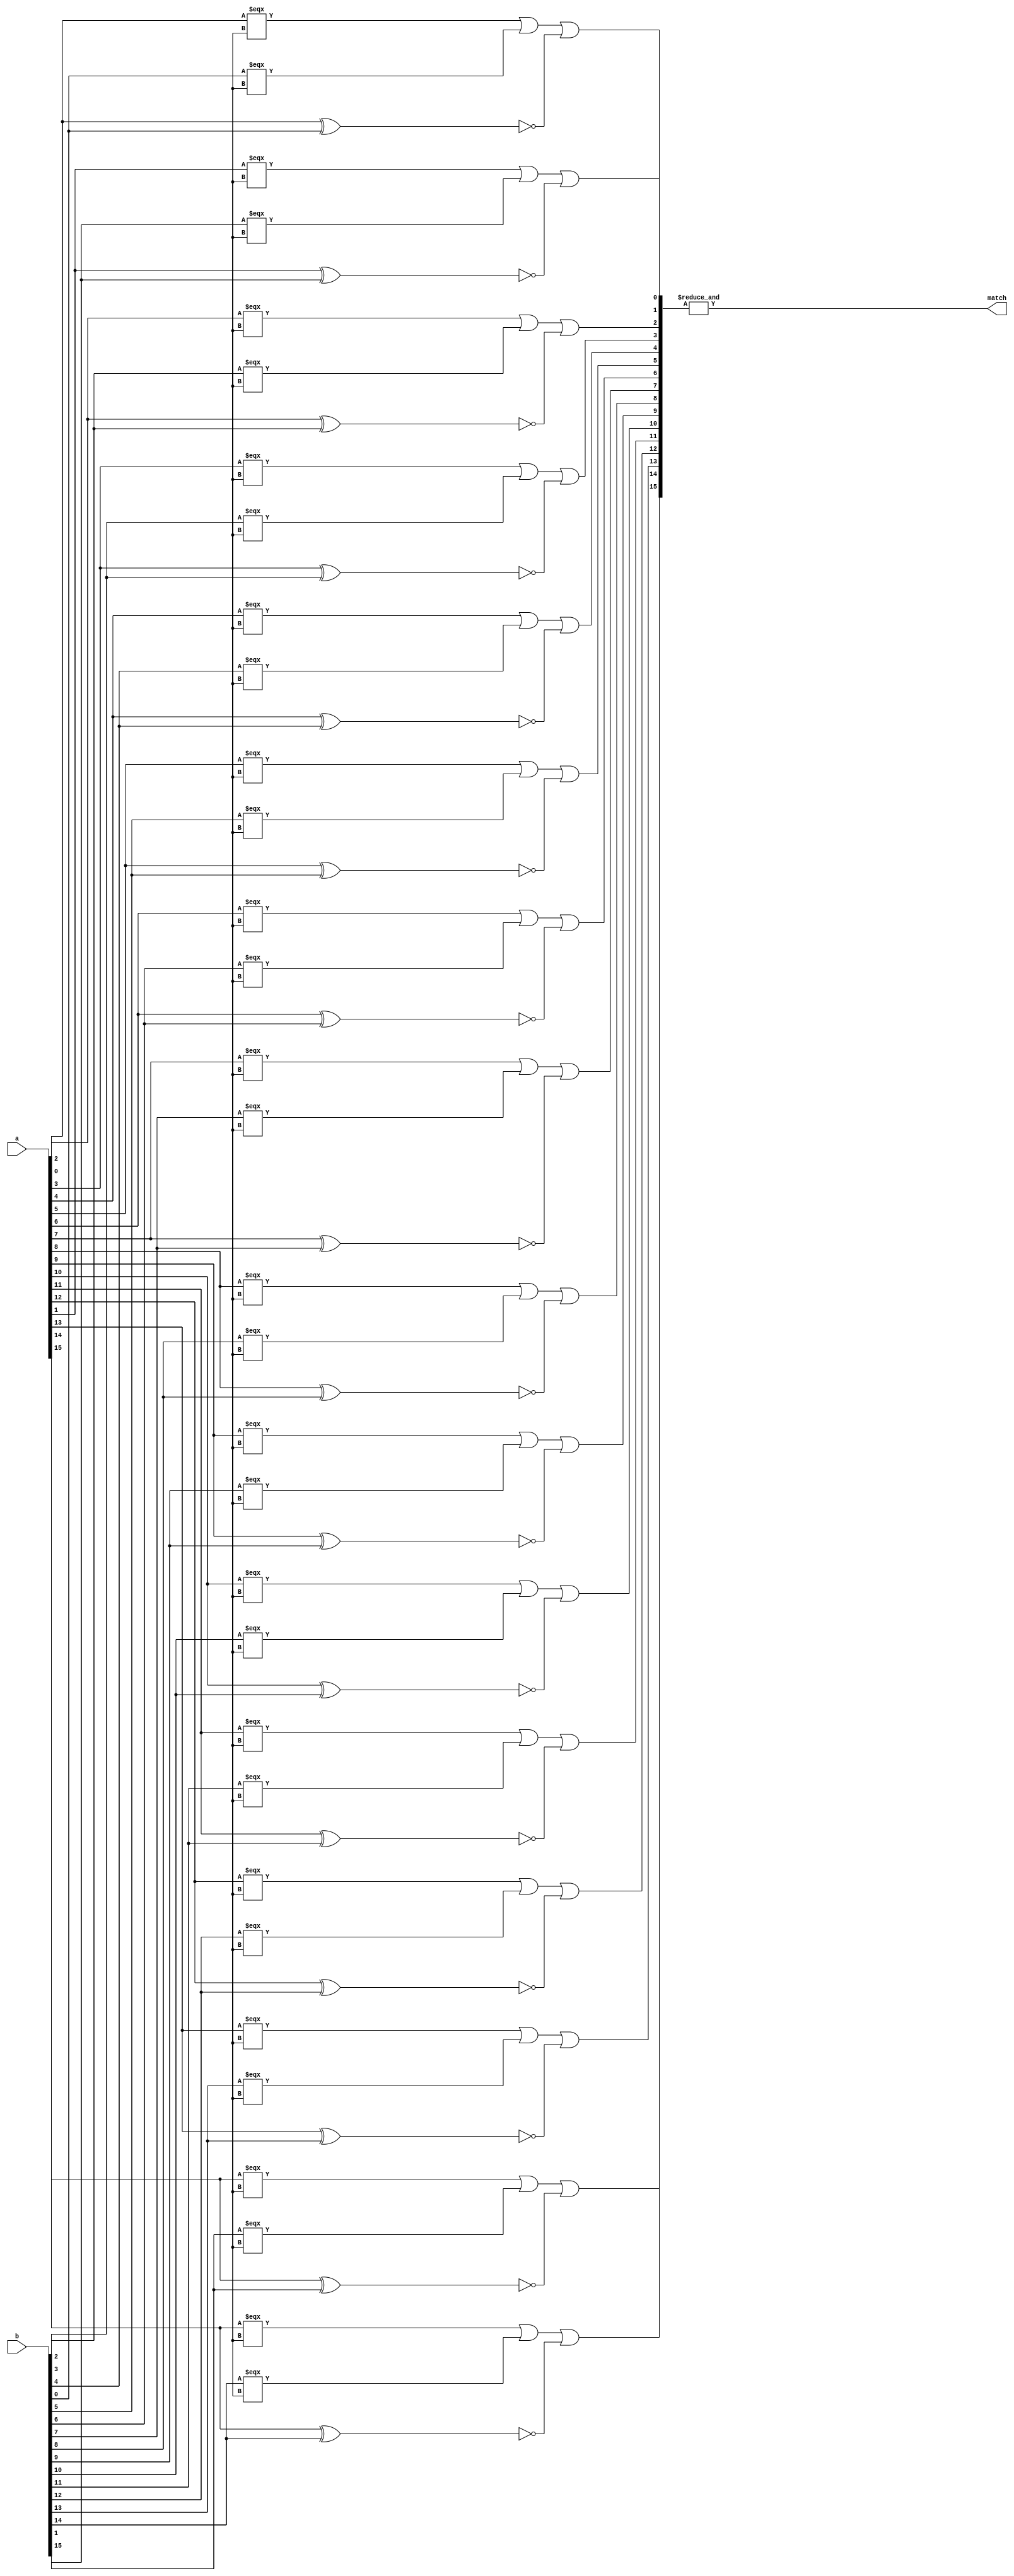

module comparator #(
    parameter MEM_SIZE = 16,
    parameter MEM_LENGTH = 16 
) (
      a,
      b,
      match
);

    input   [MEM_LENGTH-1:0]  a;
    input   [MEM_LENGTH-1:0]  b;
    output          match;

wire    [MEM_LENGTH-1:0]  matches;

genvar i;
generate
    for(i = 0; i < MEM_LENGTH; i = i + 1) begin
        assign matches[i] = a[i] === 1'bx || b[i] === 1'bx || ~(a[i] ^ b[i]);
    end
endgenerate

assign match = &matches;

endmodule